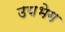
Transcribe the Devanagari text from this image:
उपभेग